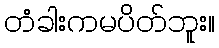
တံခါးကမပိတ်ဘူး။